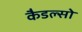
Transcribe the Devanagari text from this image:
कैडल्सो